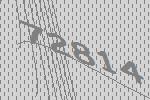
72814